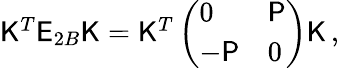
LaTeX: \begin{array}{r}{\mathsf{K}^{T}{\mathsf{E}}_{2B}\mathsf{K}=\mathsf{K}^{T}\left(\begin{array}{ll}{0}&{\mathsf{P}}\\ {-\mathsf{P}}&{0}\end{array}\right)\mathsf{K}\, ,}\end{array}